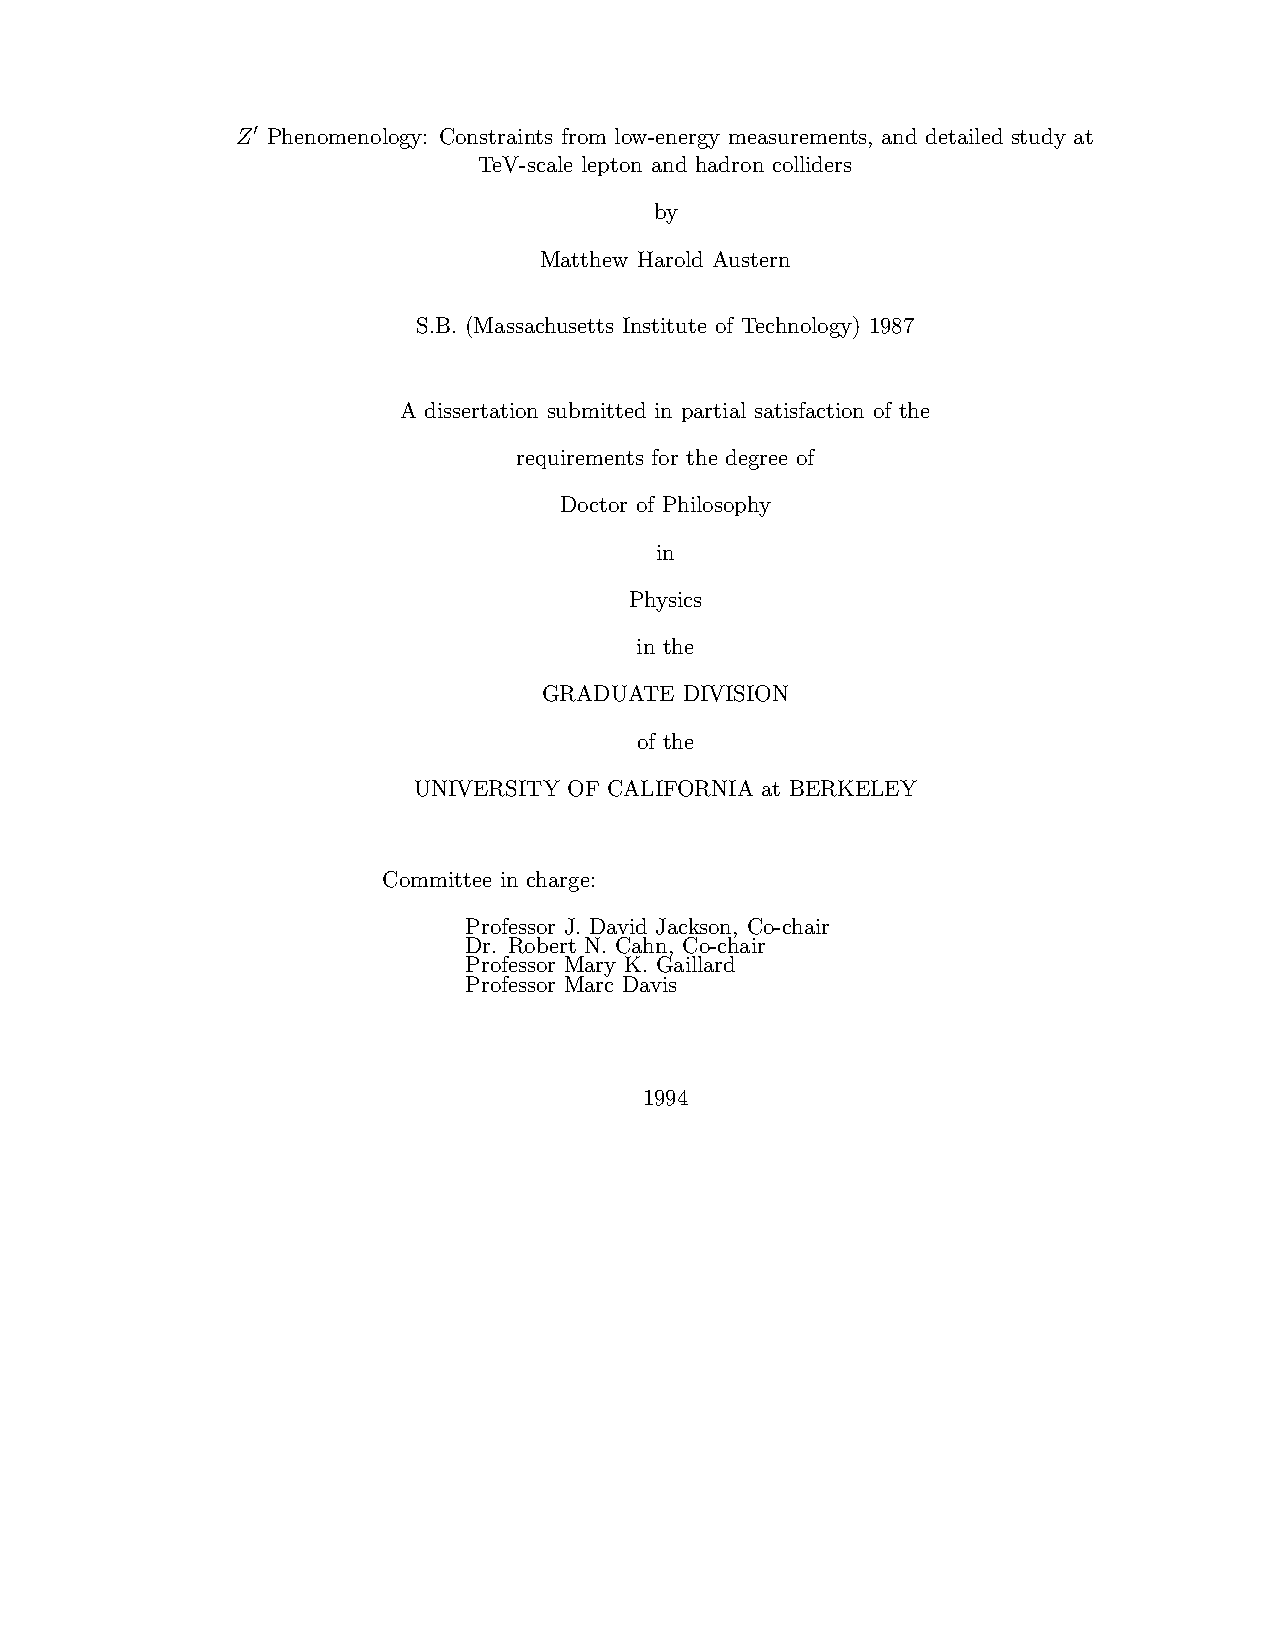
Z Phenomenology: Constraints from low-energy measurements, and detailed study at
 0
 TeV-scale lepton and hadron colliders
 by
 Matthew Harold Austern
 S.B. (Massachusetts Institute of Technology) 1987
 A dissertation submitted in partial satisfaction of the
 requirements for the degree of
 Doctor of Philosophy
 in
 Physics
 in the
 GRADUATE DIVISION
 of the
 UNIVERSITY OF CALIFORNIA at BERKELEY
 Committee in charge:
 Professor J. David Jackson, Co-chair
 Dr. Robert N. Cahn, Co-chair
 Professor Mary K. Gaillard
 Professor Marc Davis
 1994